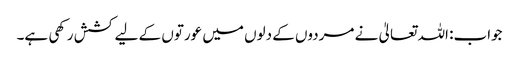
جواب: اللہ تعالیٰ نے مردوں کے دلوں میں عورتوں کے لیے کشش رکھی ہے۔